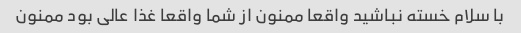
با سلام خسته نباشید واقعا ممنون از شما واقعا غذا عالی بود ممنون